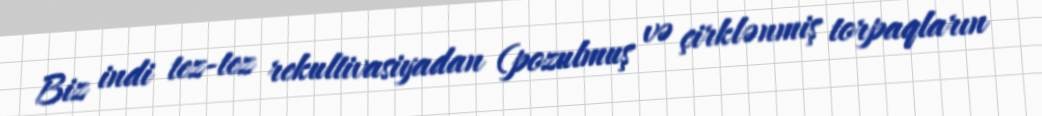
Biz indi tez-tez rekultivasiyadan (pozulmuş və çirklənmiş torpaqların